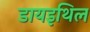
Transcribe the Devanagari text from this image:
डायइथिल